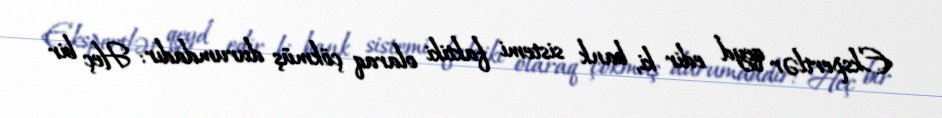
Ekspertlər qeyd edir ki, bank sistemi faktiki olaraq çökmüş durumdadır: Heç bir